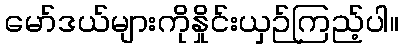
မော်ဒယ်များကိုနှိုင်းယှဉ်ကြည့်ပါ။